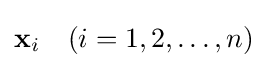
\mathbf {x} _{i}\quad (i=1,2,\dots ,n)